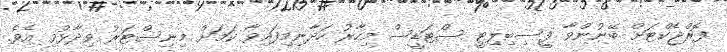
ފޮރްޖެކްޓަށް ބޭނުންވާ ފީސިބިލިޓީ ސްޓަޑީސް މިހާރު ހަދާނިމިފައިވާ ކަމަށް މިނިސްޓަރު ވިދާޅުވި އެވެ.